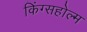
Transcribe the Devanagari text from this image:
किंग्सहोल्म